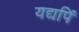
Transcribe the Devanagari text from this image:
यद्यपिं